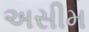
અસીમ